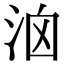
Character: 𣳦